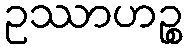
ဥဿာဟဉ္စ